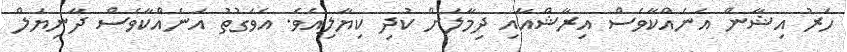
ހަރު އިޝާން އަނެއްކާވެސް އިރާޝްއާއި ދިމާލަށް ކުދި ކިޔާލިއެވެ. އެވަގުތު އަނެއްކާވެސް ދާނިޔަލް